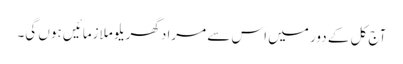
آج کل کے دور میں اس سے مراد گھریلو ملازمائیں ہوں گی۔